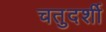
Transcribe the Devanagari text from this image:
चतुदर्शी